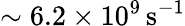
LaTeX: \sim 6.2\times 10^{9}\, \mathrm{s}^{-1}